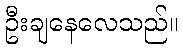
ဦးချနေလေသည်။